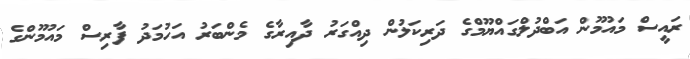
ރައީސް މައުމޫން އަބްދުލްގައްޔޫމްގެ ދަރިކަލުން ދިއްގަރު ދާއިރާގެ މެންބަރު އަހުމަދު ފާރިސް މައުމޫންގެ